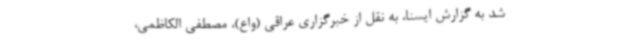
شد به گزارش ایسنا، به نقل از خبرگزاری عراقی (واع)، مصطفی الکاظمی،